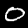
Label: 0